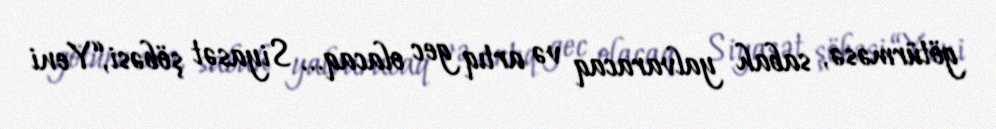
götürməsə, sabah yalvaracaq və artıq gec olacaq... Siyasət şöbəsi,“Yeni